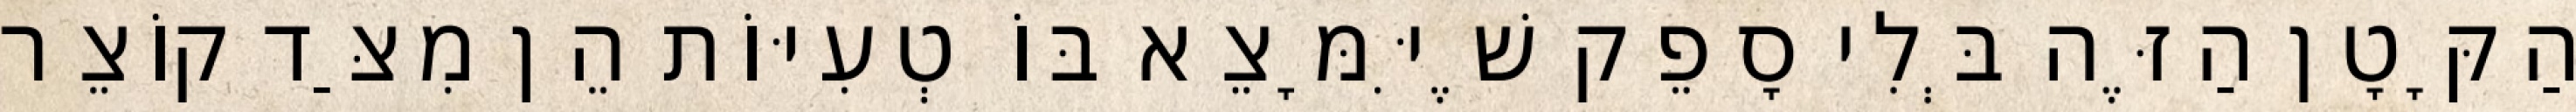
הַקָּטָן הַזֶּה בְּלִי סָפֵק שֶׁיִּמָּצֵא בּוֹ טְעִיּוֹת הֵן מִצַּד קוֹצֵר